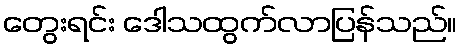
တွေးရင်း ဒေါသထွက်လာပြန်သည်။